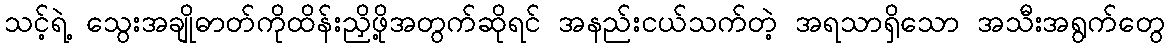
သင့်ရဲ့ သွေးအချိုဓာတ်ကိုထိန်းညှိဖို့အတွက်ဆိုရင် အနည်းငယ်သက်တဲ့ အရသာရှိသော အသီးအရွက်တွေ